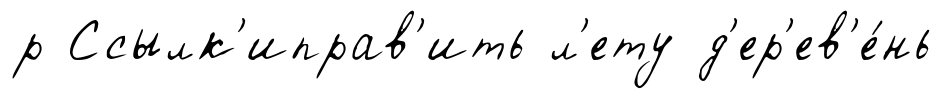
р Ссылк'иправ'ить л'ету д'ер'ев'е́нь